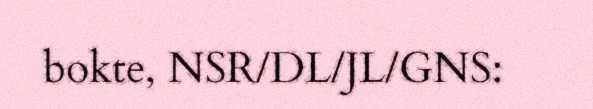
bokte, NSR/DL/JL/GNS: